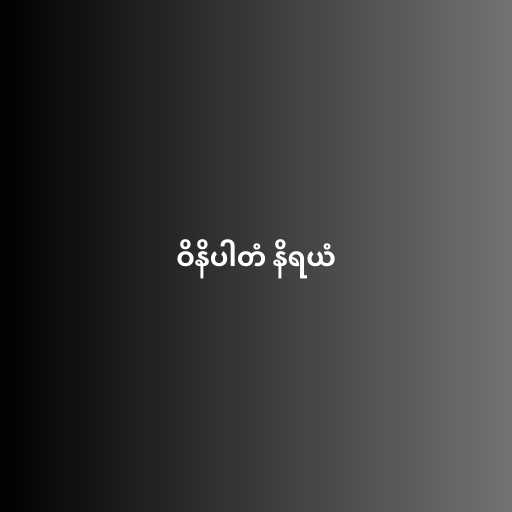
ဝိနိပါတံ နိရယံ